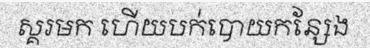
ស្គរមក ហើយបក់បោយកន្សែង